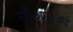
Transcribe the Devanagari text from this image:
सी॰आर॰आई